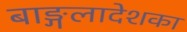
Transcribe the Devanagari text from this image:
बाङ्गलादेशका